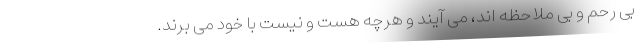
بی رحم و بی ملاحظه اند، می آیند و هرچه هست و نیست با خود می برند.